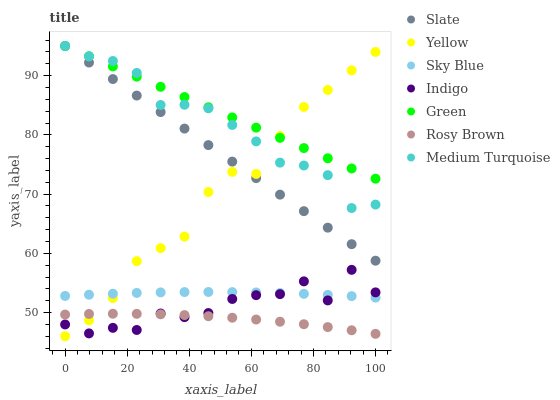
| xaxis_label | Slate | Yellow | Sky Blue | Indigo | Green | Rosy Brown | Medium Turquoise |
 | --- | --- | --- | --- | --- | --- | --- | --- |
 | 0 | 95 | 46 | 52.8 | 48 | 95 | 49.7 | 95 |
 | 7.69 | 92.2 | 48.7 | 53 | 46.5 | 93.3 | 49.8 | 93.2 |
 | 15.4 | 89.4 | 52.4 | 53.2 | 47.4 | 91.6 | 49.8 | 92.5 |
 | 23.1 | 86.6 | 58.7 | 53.3 | 47.1 | 89.8 | 49.8 | 90.5 |
 | 30.8 | 83.8 | 60.9 | 53.4 | 49.8 | 88.1 | 49.7 | 85 |
 | 38.5 | 81.1 | 62.8 | 53.5 | 49.2 | 86.4 | 49.6 | 85.1 |
 | 46.2 | 78.3 | 70.3 | 53.5 | 49.9 | 84.7 | 49.4 | 84.5 |
 | 53.8 | 75.5 | 73.8 | 53.5 | 52.3 | 82.9 | 49.1 | 81.7 |
 | 61.5 | 72.7 | 73.4 | 53.4 | 52.9 | 81.2 | 48.8 | 78.9 |
 | 69.2 | 69.9 | 79.8 | 53.3 | 53.1 | 79.5 | 48.5 | 75.3 |
 | 76.9 | 67.1 | 84.7 | 53.2 | 55.3 | 77.8 | 48 | 74.8 |
 | 84.6 | 64.3 | 87.6 | 53 | 52.1 | 76 | 47.5 | 73.2 |
 | 92.3 | 61.5 | 90.9 | 52.8 | 57.2 | 74.3 | 47 | 67.6 |
 | 100 | 58.8 | 94 | 52.5 | 53.4 | 72.6 | 46.4 | 68.2 |